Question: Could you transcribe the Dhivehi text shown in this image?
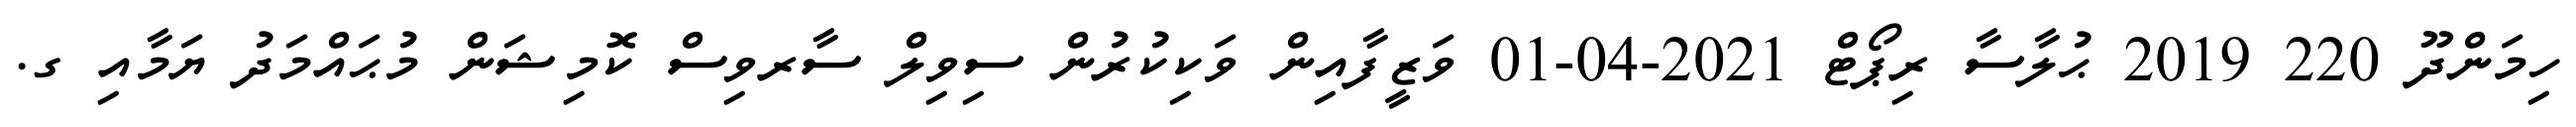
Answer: ހިމަންދޫ 220 2019 ޙުލާސާ ރިޕޯޓް 2021-04-01 ވަޒީފާއިން ވަކިކުރުން ސިވިލް ސާރވިސް ކޮމިޝަން މުޙައްމަދު ޔަމާއި ގ.